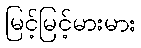
မြင့်မြင့်မားမား